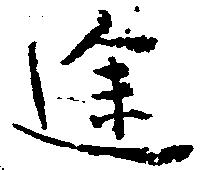
途